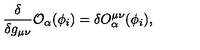
\frac { \delta } { \delta g _ { \mu \nu } } { \cal O } _ { \alpha } ( \phi _ { i } ) = \delta O _ { \alpha } ^ { \mu \nu } ( \phi _ { i } ) ,